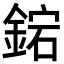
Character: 𨧩